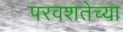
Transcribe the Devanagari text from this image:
परवशतेच्या